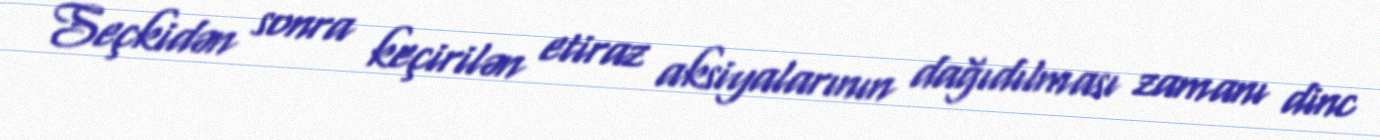
Seçkidən sonra keçirilən etiraz aksiyalarının dağıdılması zamanı dinc